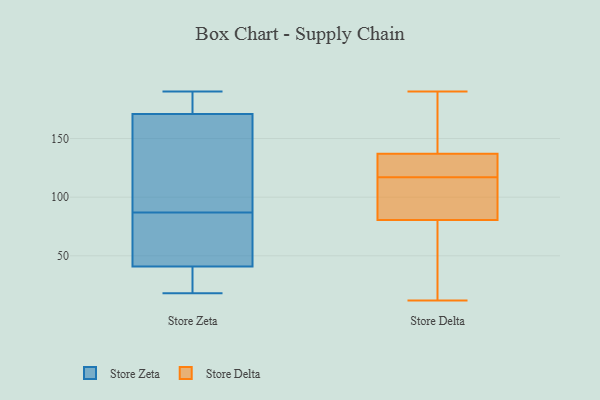
{"axis": {"x": "Energy Usage (MWh)", "y": "Value"}, "legend": ["Store Delta", "Store Zeta"], "data": [{"x": "", "y": 19, "type": "Store Zeta"}, {"x": "", "y": 41, "type": "Store Zeta"}, {"x": "", "y": 32, "type": "Store Zeta"}, {"x": "", "y": 66, "type": "Store Zeta"}, {"x": "", "y": 75, "type": "Store Zeta"}, {"x": "", "y": 171, "type": "Store Zeta"}, {"x": "", "y": 183, "type": "Store Zeta"}, {"x": "", "y": 18, "type": "Store Zeta"}, {"x": "", "y": 126, "type": "Store Zeta"}, {"x": "", "y": 154, "type": "Store Zeta"}, {"x": "", "y": 48, "type": "Store Zeta"}, {"x": "", "y": 179, "type": "Store Zeta"}, {"x": "", "y": 190, "type": "Store Zeta"}, {"x": "", "y": 99, "type": "Store Zeta"}, {"x": "", "y": 133, "type": "Store Delta"}, {"x": "", "y": 158, "type": "Store Delta"}, {"x": "", "y": 107, "type": "Store Delta"}, {"x": "", "y": 160, "type": "Store Delta"}, {"x": "", "y": 122, "type": "Store Delta"}, {"x": "", "y": 190, "type": "Store Delta"}, {"x": "", "y": 121, "type": "Store Delta"}, {"x": "", "y": 73, "type": "Store Delta"}, {"x": "", "y": 38, "type": "Store Delta"}, {"x": "", "y": 43, "type": "Store Delta"}, {"x": "", "y": 94, "type": "Store Delta"}, {"x": "", "y": 12, "type": "Store Delta"}, {"x": "", "y": 113, "type": "Store Delta"}, {"x": "", "y": 126, "type": "Store Delta"}, {"x": "", "y": 12, "type": "Store Delta"}, {"x": "", "y": 135, "type": "Store Delta"}, {"x": "", "y": 88, "type": "Store Delta"}, {"x": "", "y": 139, "type": "Store Delta"}, {"x": "", "y": 92, "type": "Store Delta"}, {"x": "", "y": 184, "type": "Store Delta"}]}